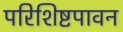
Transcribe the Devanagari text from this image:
परिशिष्टपावन